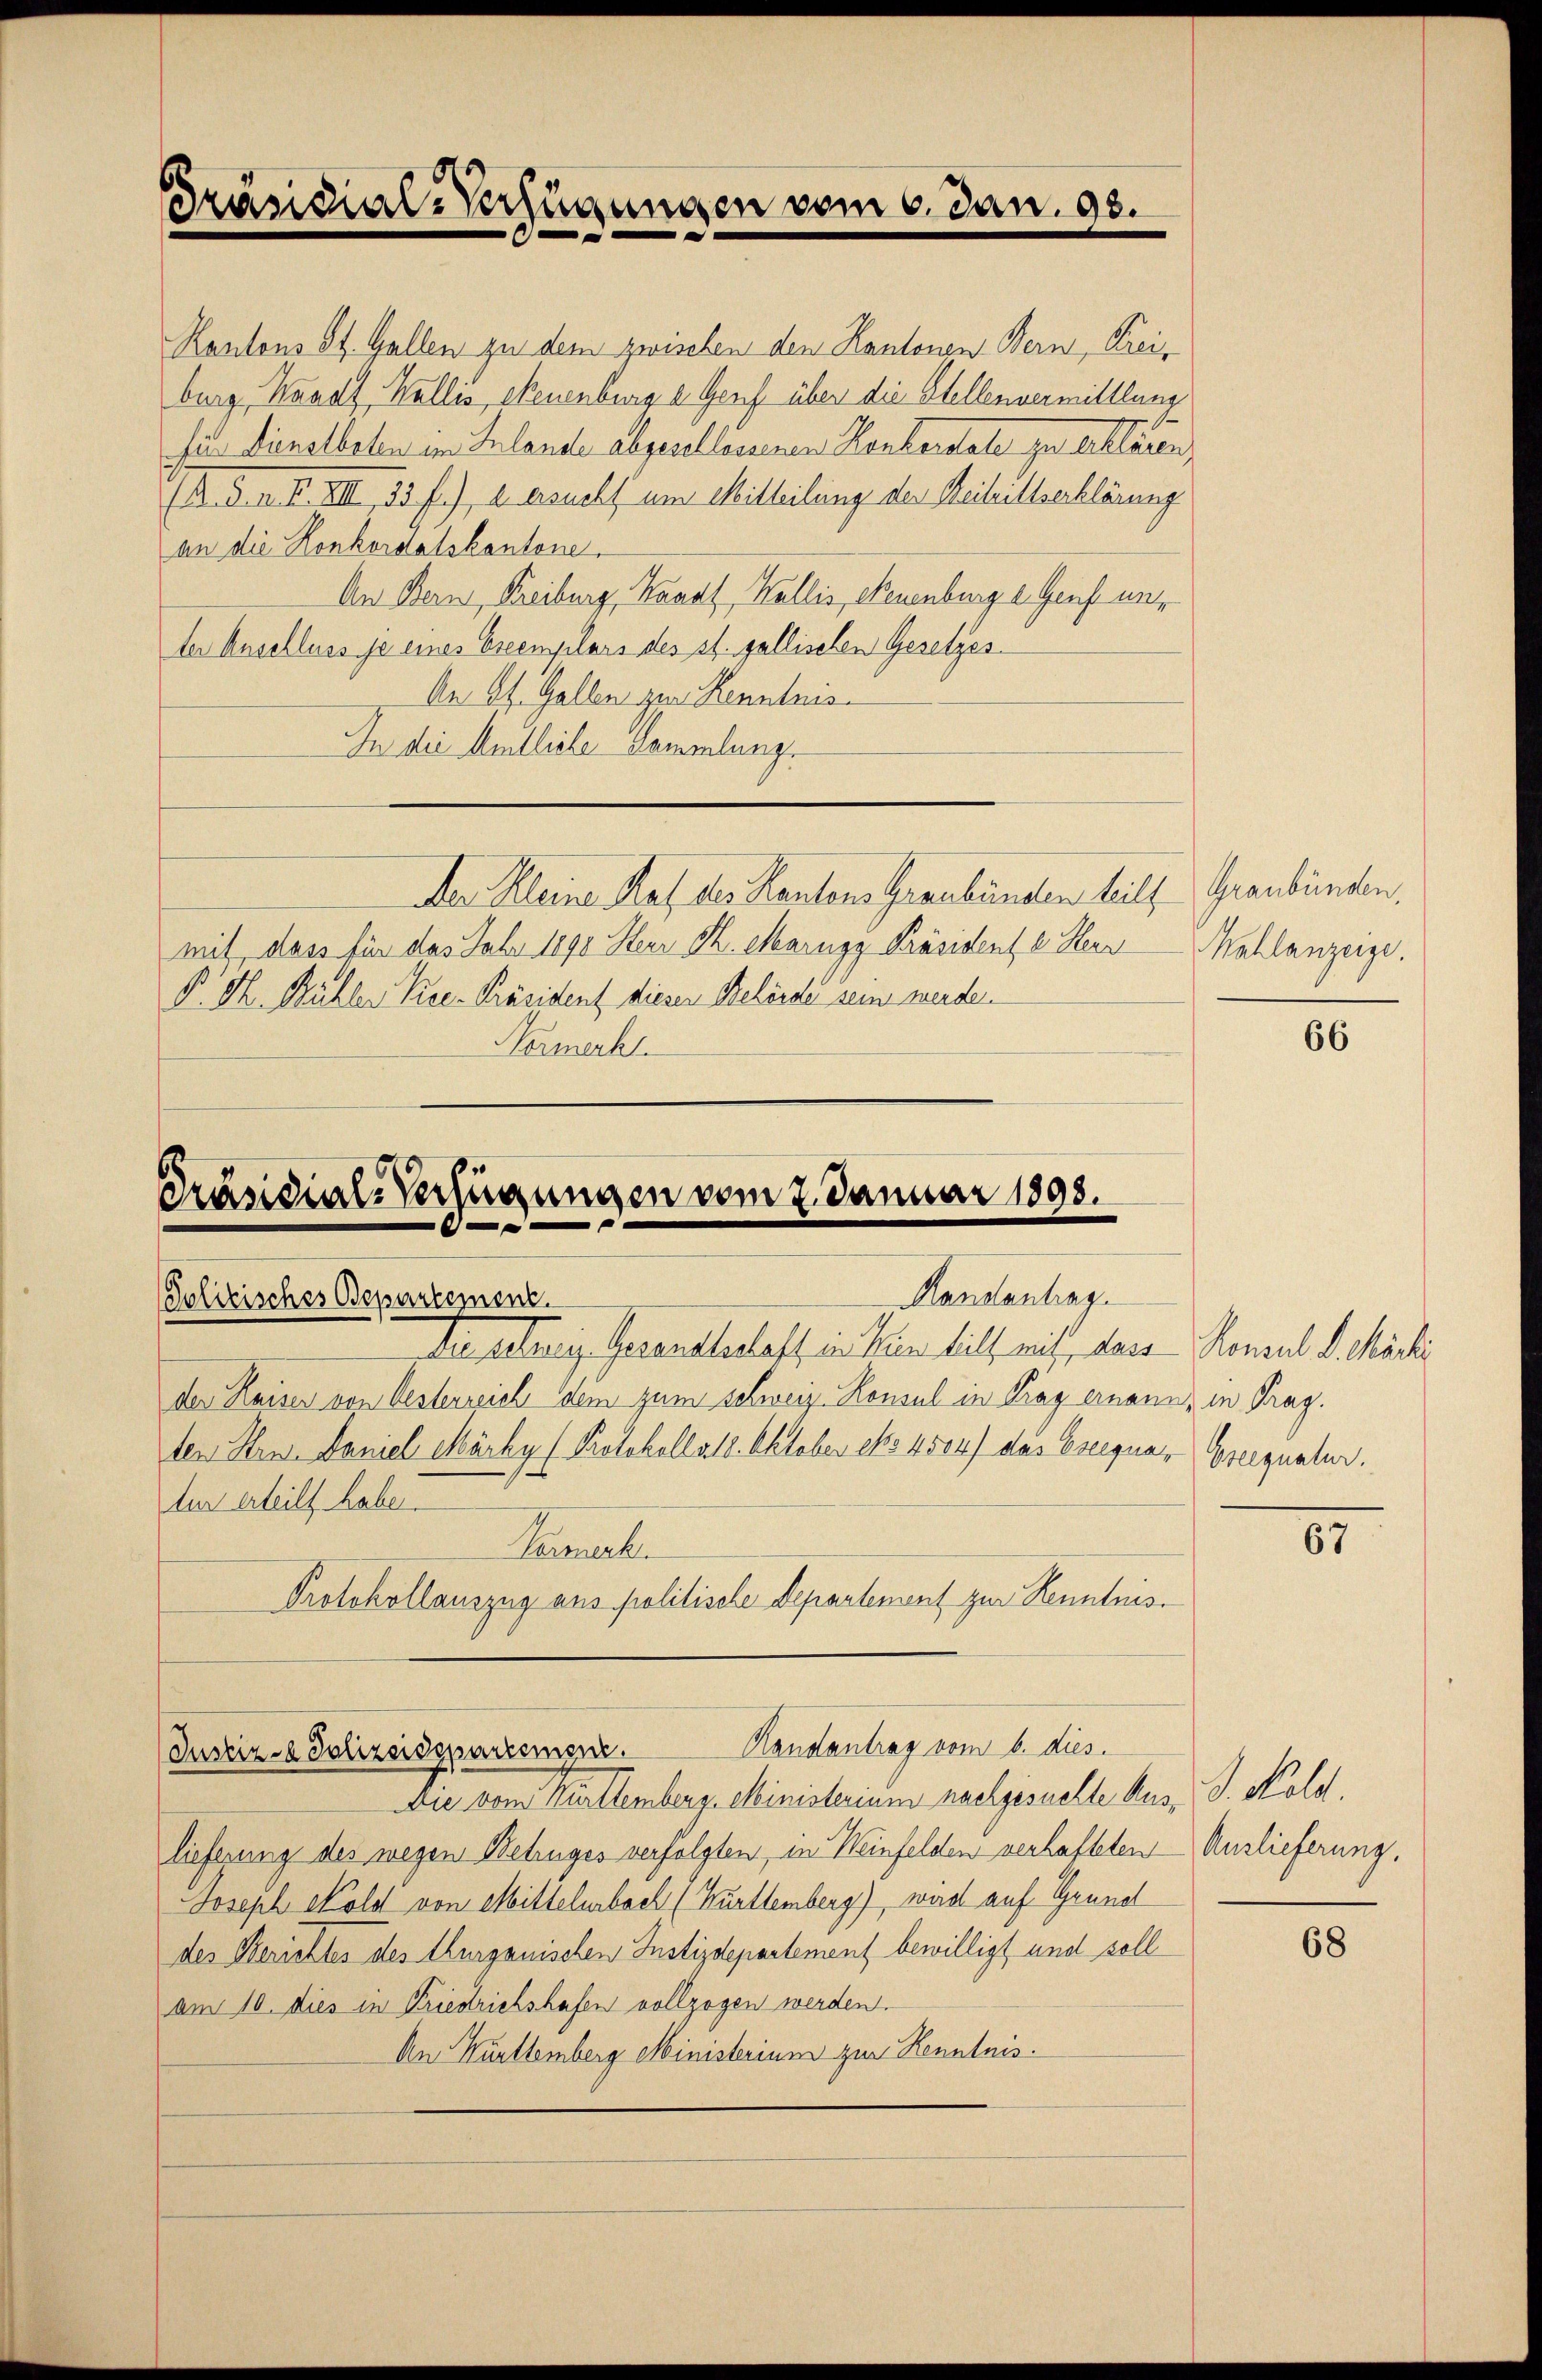
PPräsidial-Verfügungen vom 6. Jan. 98.

Kantons St. Gallen zu dem zwischen den Kantonen Bern, Kreiburg, Waadt, Wallis, Neuenburg a. Genf über die Stellenvermittlung
für Dienstboten im Inlande abgesellossenen Konkordate zu erklären,
(M. D. n. F. XIII, 33 f.) d. ersucht um Mitteilung des Beitrittserklärung
an die Konkordatskantone.
An Bern, Freiburg, Kanal, Wallis, Neuenburg i. Genf uns
ter Anschluss je eines Ereemplars des st. gallischen Gesetzes
An Ah. Gallen zur Kenntnis
In die Amtliche Sammlung.
Der Kleine Rat der Kantons Graubünden teilt Graubünden,
mit, dass für das Jahr 1890 Herr Th. Marngy Präsident e. Herr
P. M. Bühler Vice-Präsident dieser Beleide sein werde.
Normerkt.

Präsidial-Verfügungen vom 2. Januar 1898.

Handantrag
Politisches Departemens.

Justiz - Polizeidspartement. Handantrag vom 6. dies.

der selberg, Gesandtschaft in kein hilf mich, dass Konsul d. Martie
der Kaiser von Oesterreich dem zum schweiz. Konsul in Prag ernann, in Frag.
ten Hrn. Daniel Märky (Protokolls 18. Oktober eto 4504) das Ereigner Breequatur.
tur erteilt haben.
Bemerk
Protokollauszug aus politische Departement zur Kenntnis.

Die vom Hurttemberg. Ministerium nachgesuchte Ausn J. Nold.
lieferung des wegen Betruges verfolgten, in Weinfelden verhafteten Auslieferung,
Joseph Nold von Mittelurbach (Württemberg), wird auf Grund
des Berichtes des Thurgauischen Instizdepartement bewilligt und soll
am 10. dies in Friedrichshafen vollzogen werden.
An Kurttemberg Ministerium zur Kenntnis.

Wahlanzeige.

66

85

68